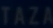
TATAZÁ